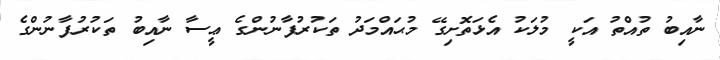
ނާއިބު ތުއްތު އަކީ މުލަކު އެޅަތޮށިގޭ މުޙައްމަދު ތަކުރުފާނުންގެ ޢީސާ ނާއިބު ތަކުރުފާނުންގެ